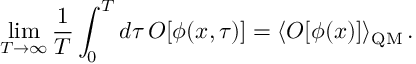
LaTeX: \operatorname * { l i m } _ { T \to \infty } \frac { 1 } { T } \int _ { 0 } ^ { T } d \tau \, { \cal O } [ \phi ( x , \tau ) ] = \langle { \cal O } [ \phi ( x ) ] \rangle _ { \mathrm { Q M } } \, .